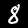
Digit: 8